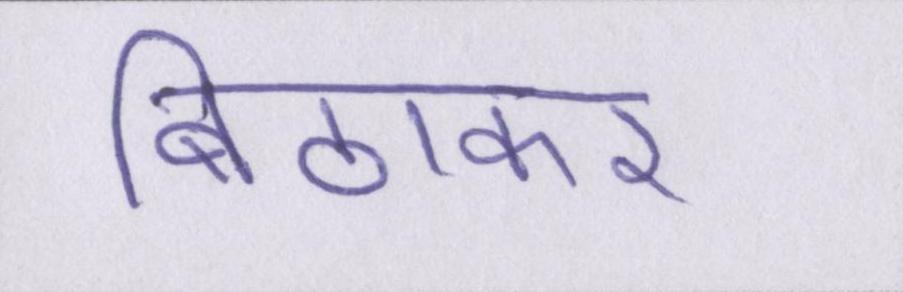
बिठाकर